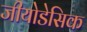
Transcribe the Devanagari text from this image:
जीयोडेसिक